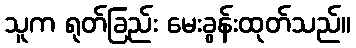
သူက ရုတ်ခြည်း မေးခွန်းထုတ်သည်။